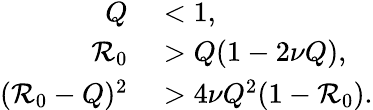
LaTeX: \begin{array}{rl}{Q}&{{}<1,}\\ {\mathcal{R}_{0}}&{{}>Q(1-2\nu Q),}\\ {(\mathcal{R}_{0}-Q)^{2}}&{{}>4\nu Q^{2}(1-\mathcal{R}_{0}).}\end{array}